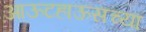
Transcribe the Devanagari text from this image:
आऊटहाऊसच्या